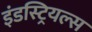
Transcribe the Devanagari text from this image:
इंडस्ट्रियल्स